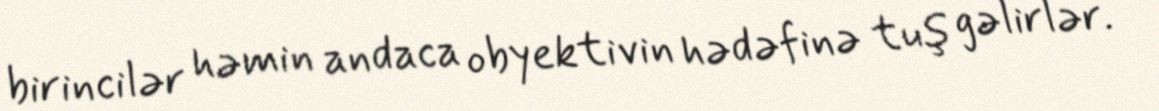
birincilər həmin andaca obyektivin hədəfinə tuş gəlirlər.